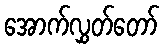
အောက်လွှတ်တော်